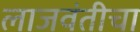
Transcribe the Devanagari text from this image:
लाजवंतीचा